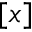
[ x ]